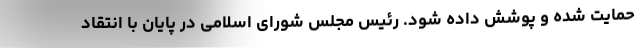
حمایت شده و پوشش داده شود. رئیس مجلس شورای اسلامی در پایان با انتقاد